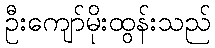
ဦးကျော်မိုးထွန်းသည်